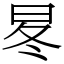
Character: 㫡